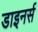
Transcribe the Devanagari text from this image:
डाइनर्स